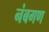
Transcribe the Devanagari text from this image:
नंबगण